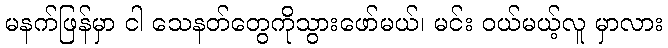
မနက်ဖြန်မှာ ငါ သေနတ်တွေကိုသွားဖော်မယ်၊ မင်း ဝယ်မယ့်လူ မှာလား